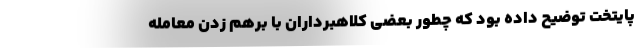
پایتخت توضیح داده بود که چطور بعضی کلاهبرداران با برهم زدن معامله